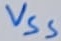
Text: VSS